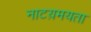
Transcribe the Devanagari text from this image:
नाटय़मयता